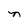
Character: n